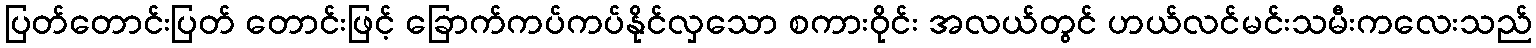
ပြတ်တောင်းပြတ် တောင်းဖြင့် ခြောက်ကပ်ကပ်နိုင်လှသော စကားဝိုင်း အလယ်တွင် ဟယ်လင်မင်းသမီးကလေးသည်